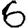
Digit: 6